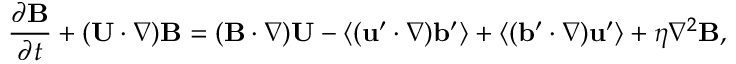
\frac { \partial { \bf { B } } } { \partial t } + ( { \bf { U } } \cdot \nabla ) { \bf { B } } = ( { \bf { B } } \cdot \nabla ) { \bf { U } } - \langle { ( { \bf { u } } ^ { \prime } \cdot \nabla ) { \bf { b } } ^ { \prime } } \rangle + \langle { ( { \bf { b } } ^ { \prime } \cdot \nabla ) { \bf { u } } ^ { \prime } } \rangle + \eta \nabla ^ { 2 } { \bf { B } } ,